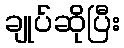
ချုပ်ဆိုပြီး